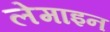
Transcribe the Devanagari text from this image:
लेमाइन